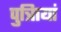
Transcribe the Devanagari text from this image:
पुत्रिायां